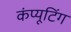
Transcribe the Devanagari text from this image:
कंप्‍यूटिंग